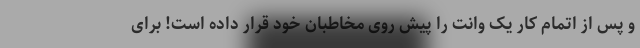
و پس از اتمام کار یک وانت را پیش روی مخاطبان خود قرار داده است! برای